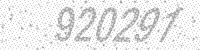
Solution: 920291